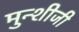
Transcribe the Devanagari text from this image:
मुन्शीजी